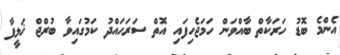
އެންމެ ބޮޑު ހަރަކާތް ބާއްވަން ހަމަޖެހިފައި އޮތް ސަރަހައްދު ކަމުގައިވާ ބުރްޖް ޚަލީފާ